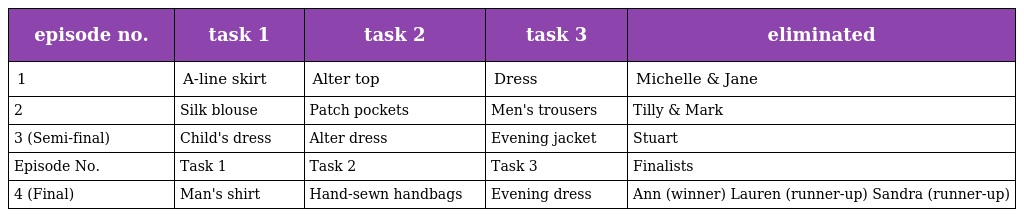
| episode no. | task 1 | task 2 | task 3 | eliminated |
 | --- | --- | --- | --- | --- |
 | 1 | A-line skirt | Alter top | Dress | Michelle & Jane |
 | 2 | Silk blouse | Patch pockets | Men's trousers | Tilly & Mark |
 | 3 (Semi-final) | Child's dress | Alter dress | Evening jacket | Stuart |
 | Episode No. | Task 1 | Task 2 | Task 3 | Finalists |
 | 4 (Final) | Man's shirt | Hand-sewn handbags | Evening dress | Ann (winner) Lauren (runner-up) Sandra (runner-up) |